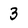
Character: 3